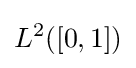
L^{2}([0,1])